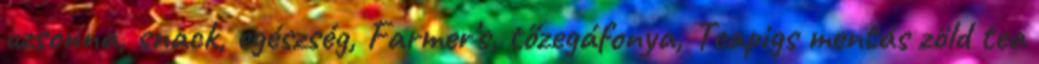
uzsonna, snack, egészség, Farmer's, tőzegáfonya, Teapigs mentás zöld tea